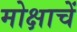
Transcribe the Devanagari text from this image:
मोक्षाचें